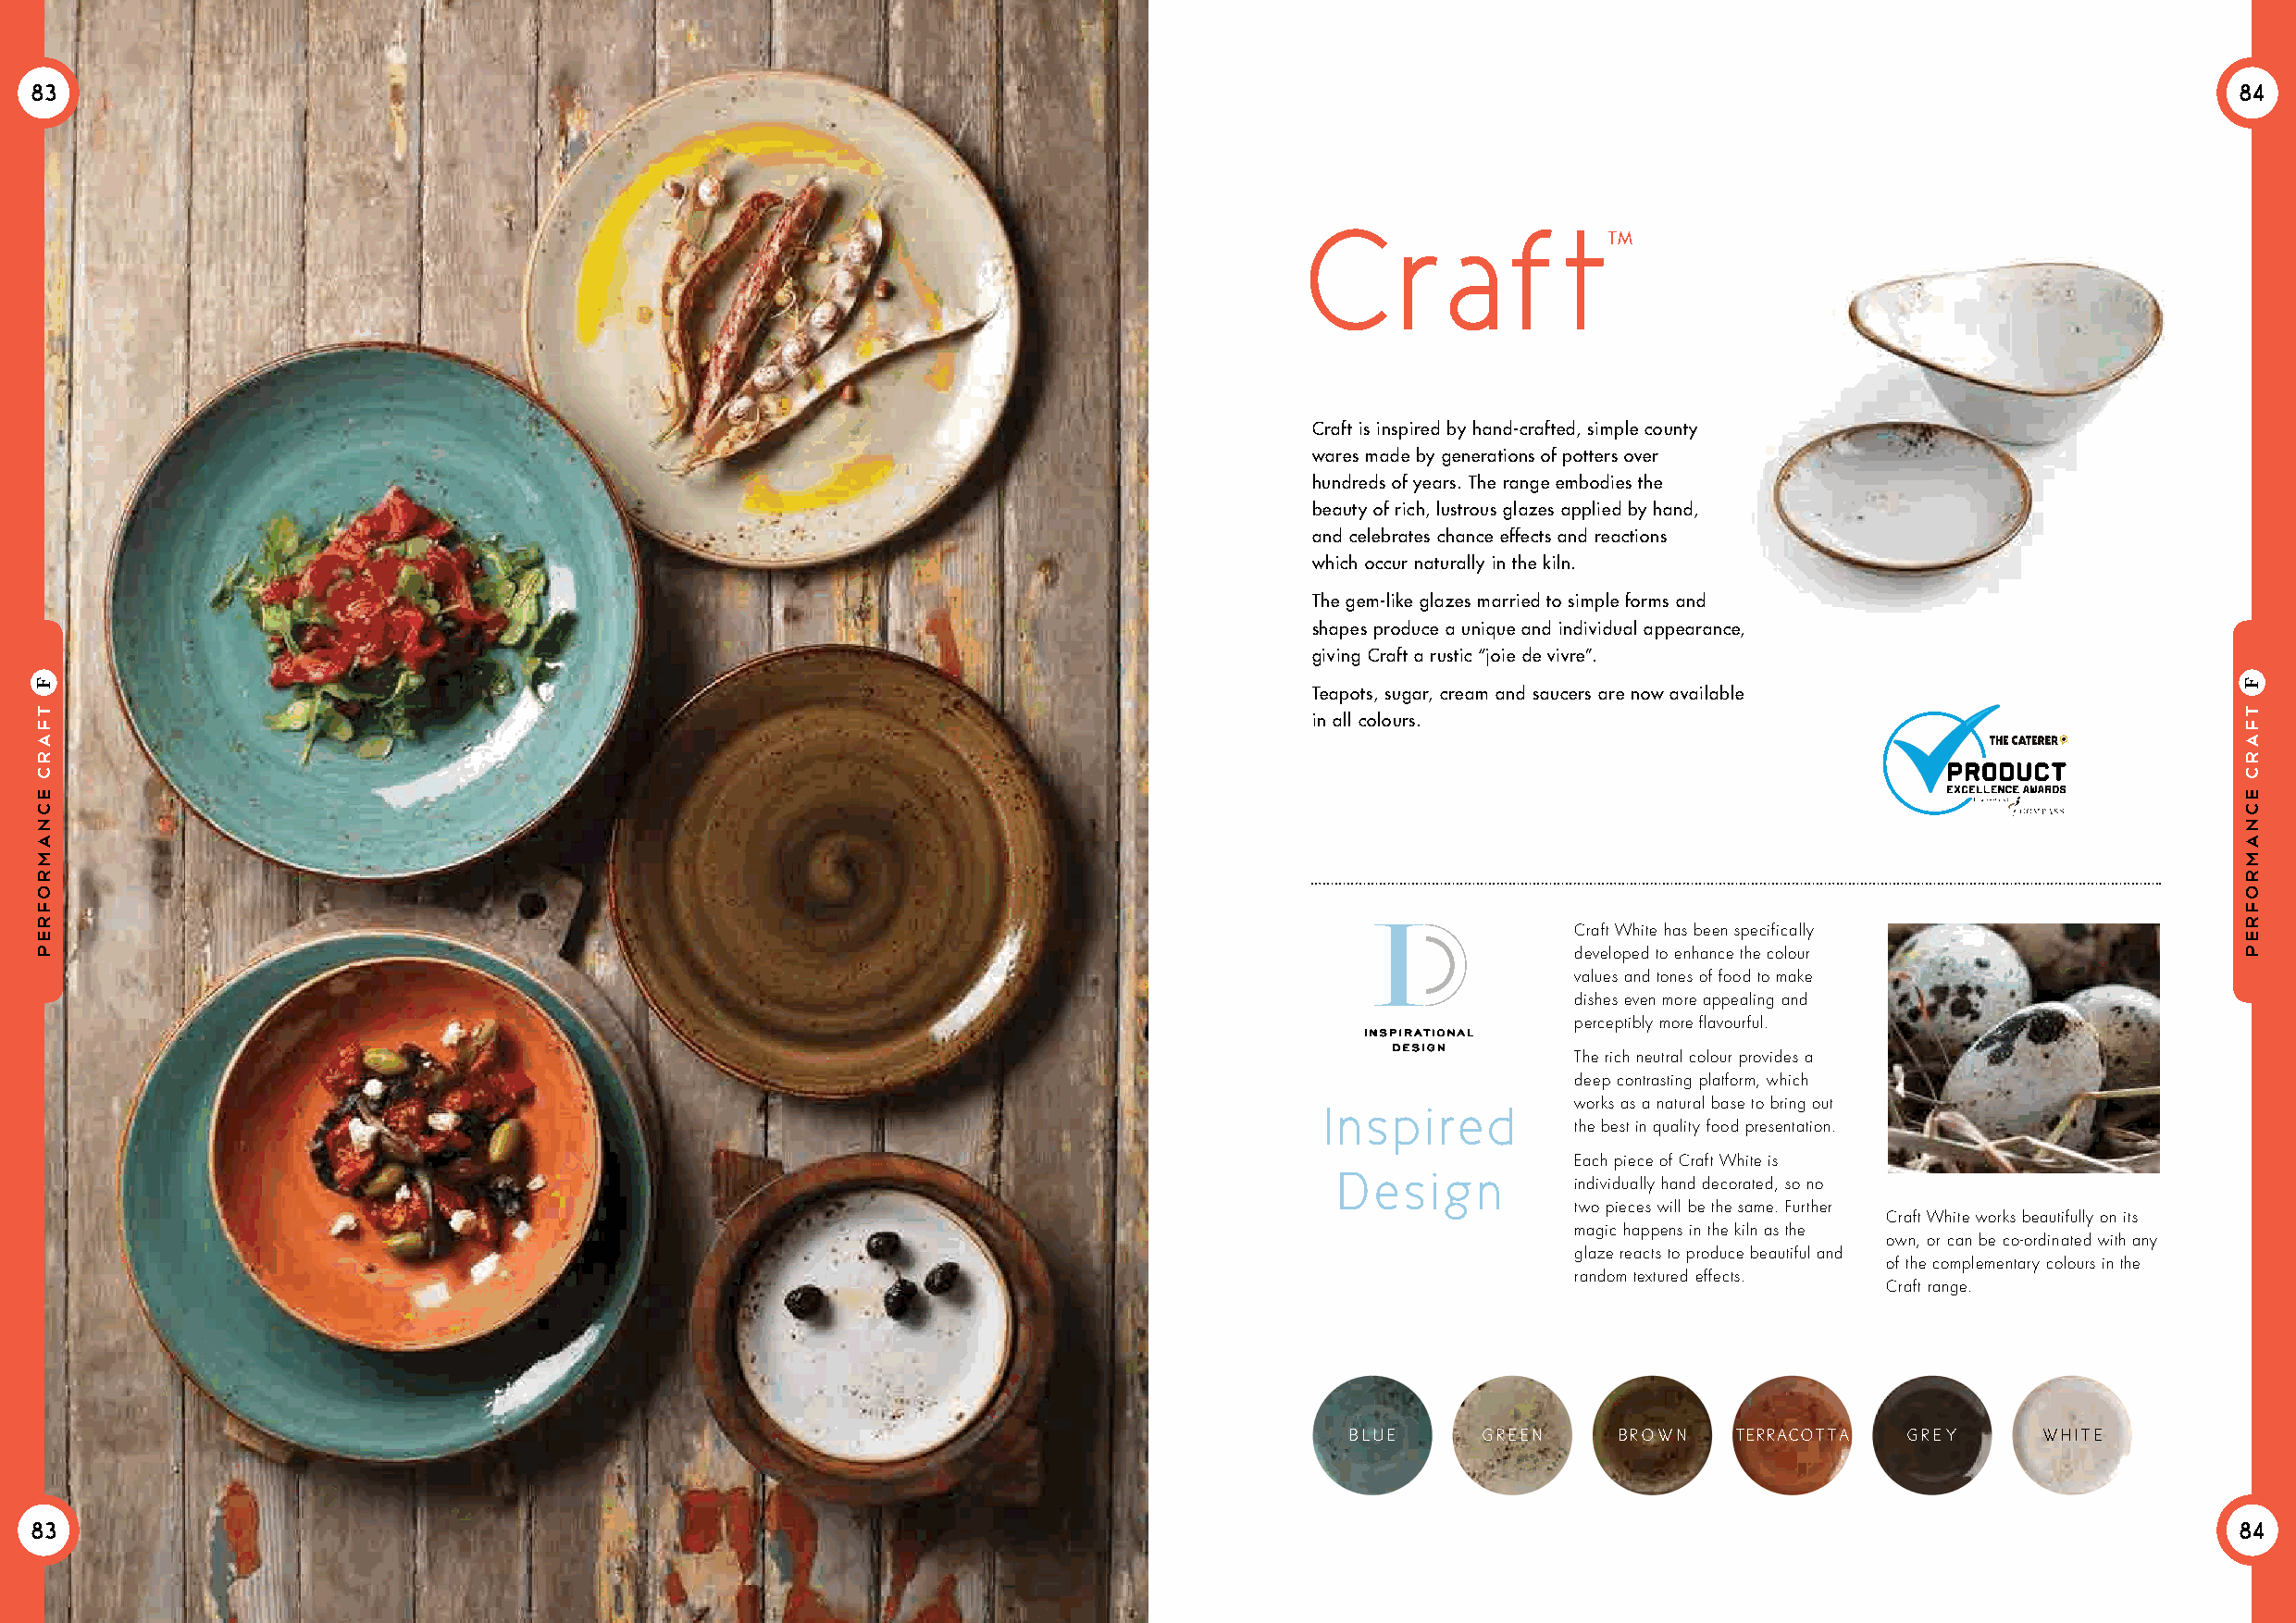
83                                                                                                                                                            84
 C      r  aft
 TM
 Craft is inspired by hand-crafted, simple county
 wares made by generations of potters over
 hundreds of years. The range embodies the
 beauty of rich, lustrous glazes applied by hand,
 and celebrates chance effects and reactions
 which occur naturally in the kiln.
 The gem-like glazes married to simple forms and
 shapes produce a unique and individual appearance,
 giving Craft a rustic “joie de vivre”.
 Teapots, sugar, cream and saucers are now available
 in all colours.
 Craft White has been specifically
 developed to enhance the colour
 values and tones of food to make
 dishes even more appealing and
 perceptibly more flavourful.
 INSPIRATIONAL
 DESIGN
 The rich neutral colour provides a
 deep contrasting platform, which
 I nspired         works as a natural base to bring out
 the best in quality food presentation.
 Each piece of Craft White is
 Design
 individually hand decorated, so no
 two pieces will be the same. Further
 Craft White works beautifully on its
 magic happens in the kiln as the
 own, or can be co-ordinated with any
 glaze reacts to produce beautiful and
 of the complementary colours in the
 random textured effects.
 Craft range.
 BLuE     GREEN     BROWN   TERRACOTTA  GREY      WHITE
 83                                                                                                                                                            84
 Tfarc
 ecnamrofrep
 F
 Tfarc
 ecnamrofrep
 F